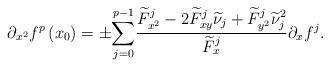
LaTeX: \begin{align*}\partial_{x^{2}}f^{p}\left( x_{0}\right) =\pm{\displaystyle\sum\limits_{j=0}^{p-1}}\frac{\widetilde{F}_{x^{2}}^{j}-2\widetilde{F}_{xy}^{j}\widetilde{\nu}_{j}+\widetilde{F}_{y^{2}}^{j}\widetilde{\nu}_{j}^{2}}{\widetilde{F}_{x}^{j}}\partial_{x}f^{j}.\end{align*}